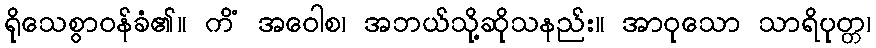
ရိုသေစွာဝန်ခံ၏။ ကိံ အဝေါစ၊ အဘယ်သို့ဆိုသနည်း။ အာဝုသော သာရိပုတ္တ၊